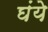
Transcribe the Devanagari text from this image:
घंये